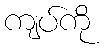
ကျပ်ကို